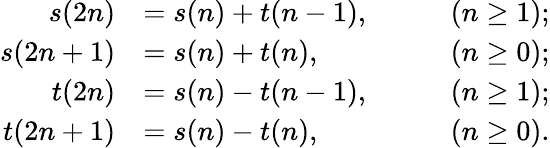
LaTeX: \begin{array}{rlrl}{s(2n)}&{=s(n)+t(n-1),}&&{\quad(n\geq 1);}\\ {s(2n+1)}&{=s(n)+t(n),}&&{\quad(n\geq 0);}\\ {t(2n)}&{=s(n)-t(n-1),}&&{\quad(n\geq 1);}\\ {t(2n+1)}&{=s(n)-t(n),}&&{\quad(n\geq 0).}\end{array}